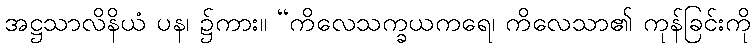
အဋ္ဌသာလိနိယံ ပန၊ ၌ကား။ “ကိလေသက္ခယကရေ၊ ကိလေသာ၏ ကုန်ခြင်းကို